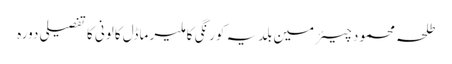
طلحہ محمود	 چیئرمین بلدیہ کورنگی کا ملیر ماڈل کالونی کا تفصیلی دورہ